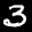
Label: 3